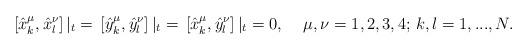
LaTeX: \begin{align*}\left[\hat{x}^\mu_k,\hat{x}^\nu_l\right]|_{t}=\,\left[\hat{y}^\mu_k,\hat{y}^\nu_l\right]|_{t}=\,\left[\hat{x}^\mu_k,\hat{y}^\nu_l\right]|_{t}=0, \quad\,\mu,\nu=1,2,3,4;\, k,l=1,...,N.\end{align*}